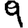
Digit: 9